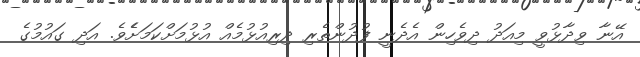
އޭނާ ވިދާޅުވީ މިއަދު ދިވެހިން އެދެނީ ފުދުންތެރި ދިރިއުޅުމެއް އުޅުމަށްކަމަށެެވެ. އަދި ގައުމުގެ